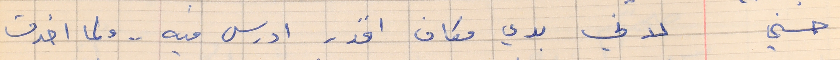
حسني       لاني بدي مكان اقدر ادرس فيه . .  ولما اخدت